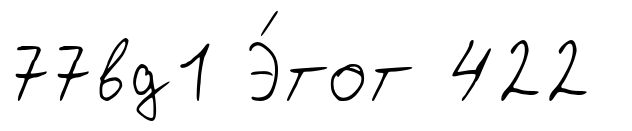
77вд1 Э́тот 422